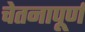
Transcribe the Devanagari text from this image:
चेतनापूर्ण